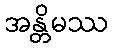
အန္တိမဿ